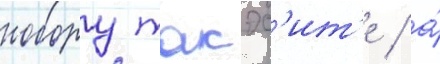
нобору такэс'ит'е / а́